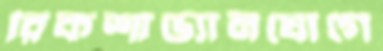
রিকশাভ্যানযোগে